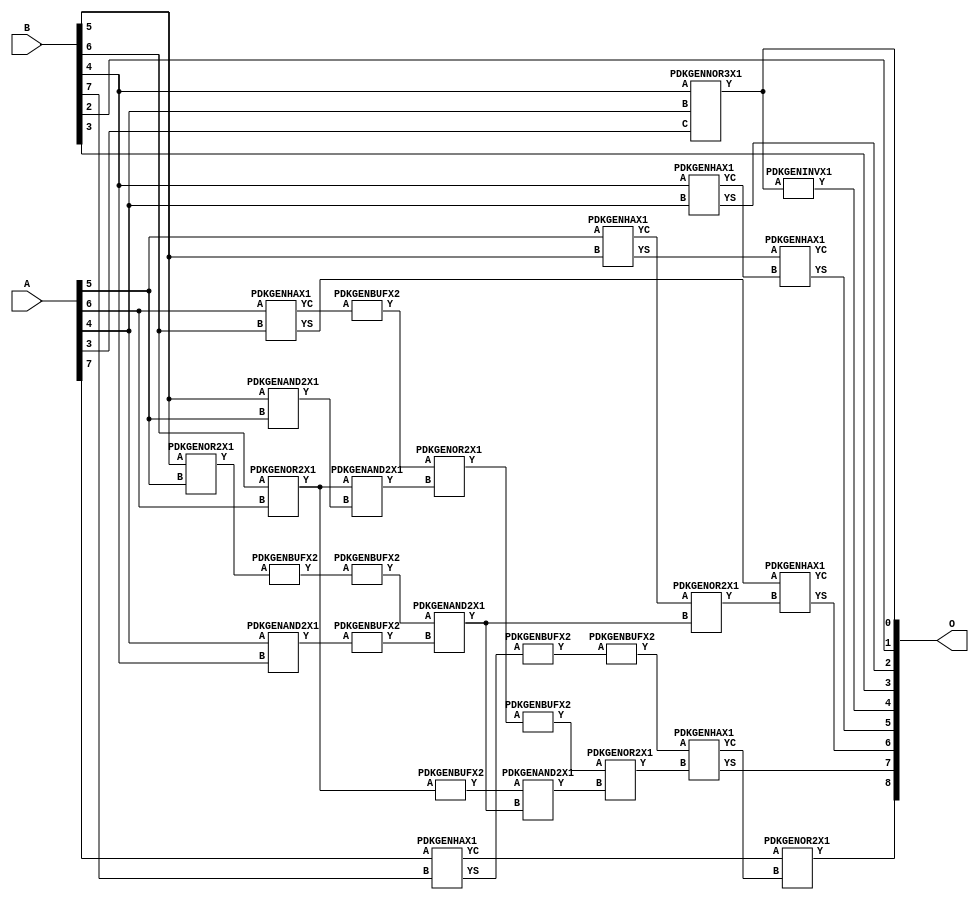
// Library = EvoApprox8b
// Circuit = add8_363
// Area   (180) = 1184
// Delay  (180) = 0.850
// Power  (180) = 332.60
// Area   (45) = 82
// Delay  (45) = 0.360
// Power  (45) = 26.53
// Nodes = 28
// HD = 188032
// MAE = 5.75391
// MSE = 50.12500
// MRE = 3.03 %
// WCE = 16
// WCRE = 100 %
// EP = 94.1 %

module add8_363(A, B, O);
  input [7:0] A;
  input [7:0] B;
  output [8:0] O;
  wire [2031:0] N;

  assign N[0] = A[0];
  assign N[1] = A[0];
  assign N[2] = A[1];
  assign N[3] = A[1];
  assign N[4] = A[2];
  assign N[5] = A[2];
  assign N[6] = A[3];
  assign N[7] = A[3];
  assign N[8] = A[4];
  assign N[9] = A[4];
  assign N[10] = A[5];
  assign N[11] = A[5];
  assign N[12] = A[6];
  assign N[13] = A[6];
  assign N[14] = A[7];
  assign N[15] = A[7];
  assign N[16] = B[0];
  assign N[17] = B[0];
  assign N[18] = B[1];
  assign N[19] = B[1];
  assign N[20] = B[2];
  assign N[21] = B[2];
  assign N[22] = B[3];
  assign N[23] = B[3];
  assign N[24] = B[4];
  assign N[25] = B[4];
  assign N[26] = B[5];
  assign N[27] = B[5];
  assign N[28] = B[6];
  assign N[29] = B[6];
  assign N[30] = B[7];
  assign N[31] = B[7];

  PDKGENOR2X1 n42(.A(N[28]), .B(N[12]), .Y(N[42]));
  assign N[43] = N[42];
  PDKGENAND2X1 n46(.A(N[26]), .B(N[10]), .Y(N[46]));
  PDKGENNOR3X1 n48(.A(N[24]), .B(N[8]), .C(N[6]), .Y(N[48]));
  assign N[49] = N[48];
  PDKGENAND2X1 n68(.A(N[8]), .B(N[24]), .Y(N[68]));
  assign N[69] = N[68];
  PDKGENHAX1 n72(.A(N[24]), .B(N[8]), .YS(N[72]), .YC(N[73]));
  PDKGENHAX1 n78(.A(N[10]), .B(N[26]), .YS(N[78]), .YC(N[79]));
  PDKGENHAX1 n86(.A(N[12]), .B(N[28]), .YS(N[86]), .YC(N[87]));
  PDKGENHAX1 n96(.A(N[14]), .B(N[30]), .YS(N[96]), .YC(N[97]));
  PDKGENBUFX2 n128(.A(N[43]), .Y(N[128]));
  PDKGENOR2X1 n134(.A(N[26]), .B(N[10]), .Y(N[134]));
  assign N[135] = N[134];
  PDKGENBUFX2 n136(.A(N[135]), .Y(N[136]));
  PDKGENBUFX2 n142(.A(N[87]), .Y(N[142]));
  assign N[143] = N[142];
  PDKGENBUFX2 n152(.A(N[69]), .Y(N[152]));
  PDKGENBUFX2 n160(.A(N[96]), .Y(N[160]));
  PDKGENAND2X1 n162(.A(N[43]), .B(N[46]), .Y(N[162]));
  PDKGENINVX1 n176(.A(N[49]), .Y(N[176]));
  assign N[177] = N[176];
  PDKGENOR2X1 n180(.A(N[143]), .B(N[162]), .Y(N[180]));
  assign N[181] = N[180];
  PDKGENBUFX2 n206(.A(N[136]), .Y(N[206]));
  PDKGENBUFX2 n208(.A(N[181]), .Y(N[208]));
  assign N[209] = N[208];
  PDKGENAND2X1 n226(.A(N[206]), .B(N[152]), .Y(N[226]));
  PDKGENOR2X1 n244(.A(N[79]), .B(N[226]), .Y(N[244]));
  assign N[245] = N[244];
  PDKGENAND2X1 n254(.A(N[128]), .B(N[226]), .Y(N[254]));
  PDKGENOR2X1 n272(.A(N[209]), .B(N[254]), .Y(N[272]));
  PDKGENBUFX2 n376(.A(N[160]), .Y(N[376]));
  assign N[377] = N[376];
  PDKGENHAX1 n394(.A(N[78]), .B(N[73]), .YS(N[394]), .YC(N[395]));
  PDKGENHAX1 n404(.A(N[86]), .B(N[245]), .YS(N[404]), .YC(N[405]));
  PDKGENHAX1 n412(.A(N[377]), .B(N[272]), .YS(N[412]), .YC(N[413]));
  PDKGENOR2X1 n422(.A(N[97]), .B(N[413]), .Y(N[422]));

  assign O[0] = N[49];
  assign O[1] = N[20];
  assign O[2] = N[72];
  assign O[3] = N[22];
  assign O[4] = N[177];
  assign O[5] = N[394];
  assign O[6] = N[404];
  assign O[7] = N[412];
  assign O[8] = N[422];

endmodule
/* mod */
module PDKGENHAX1( input A, input B, output YS, output YC );
    assign YS = A ^ B;
    assign YC = A & B;
endmodule
/* mod */
module PDKGENOR2X1(input A, input B, output Y );
     assign Y = A | B;
endmodule
/* mod */
module PDKGENAND2X1(input A, input B, output Y );
     assign Y = A & B;
endmodule
/* mod */
module PDKGENINVX1(input A, output Y );
     assign Y = ~A;
endmodule
/* mod */
module PDKGENNOR3X1(input A, input B, input C, output Y );
     assign Y = ~((A | B) | C);
endmodule
/* mod */
module PDKGENBUFX2(input A, output Y );
     assign Y = A;
endmodule